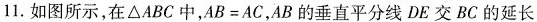
11.如图所示，在△ABC中，AB=AC，AB的垂直平分线DE交BC的延长